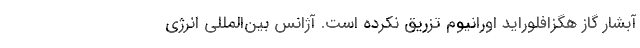
آبشار گاز هگزافلوراید اورانیوم تزریق نکرده است. آژانس بین‌المللی انرژی